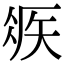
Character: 𥏂